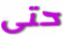
حتى